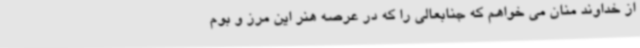
از خداوند منان می خواهم که جنابعالی را که در عرصه هنر این مرز و بوم